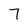
Character: 7